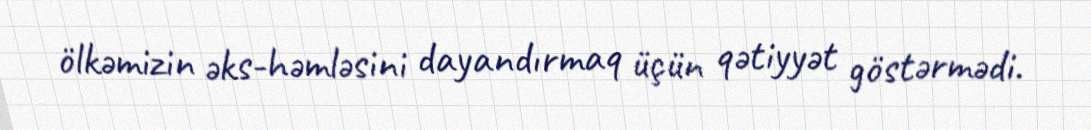
ölkəmizin əks-həmləsini dayandırmaq üçün qətiyyət göstərmədi.